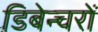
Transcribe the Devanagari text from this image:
डिबेन्‍चरों